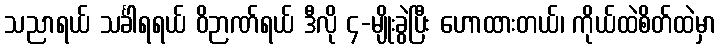
သညာရယ် သင်္ခါရရယ် ဝိဉာဏ်ရယ် ဒီလို ၄-မျိုးခွဲပြီး ဟောထားတယ်၊ ကိုယ်ထဲစိတ်ထဲမှာ